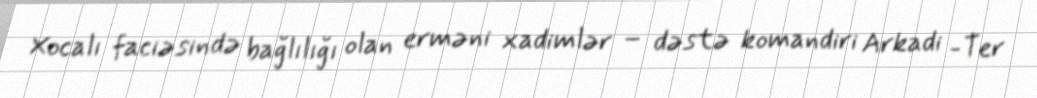
Xocalı faciəsində bağlılığı olan erməni xadimlər – dəstə komandiri Arkadi -Ter